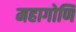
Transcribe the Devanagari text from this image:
महागोणि